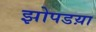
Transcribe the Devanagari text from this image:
झोपडय़ा